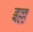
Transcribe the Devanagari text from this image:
इल्ल